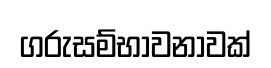
ගරුසම්භාවනාවක්